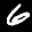
Label: 6